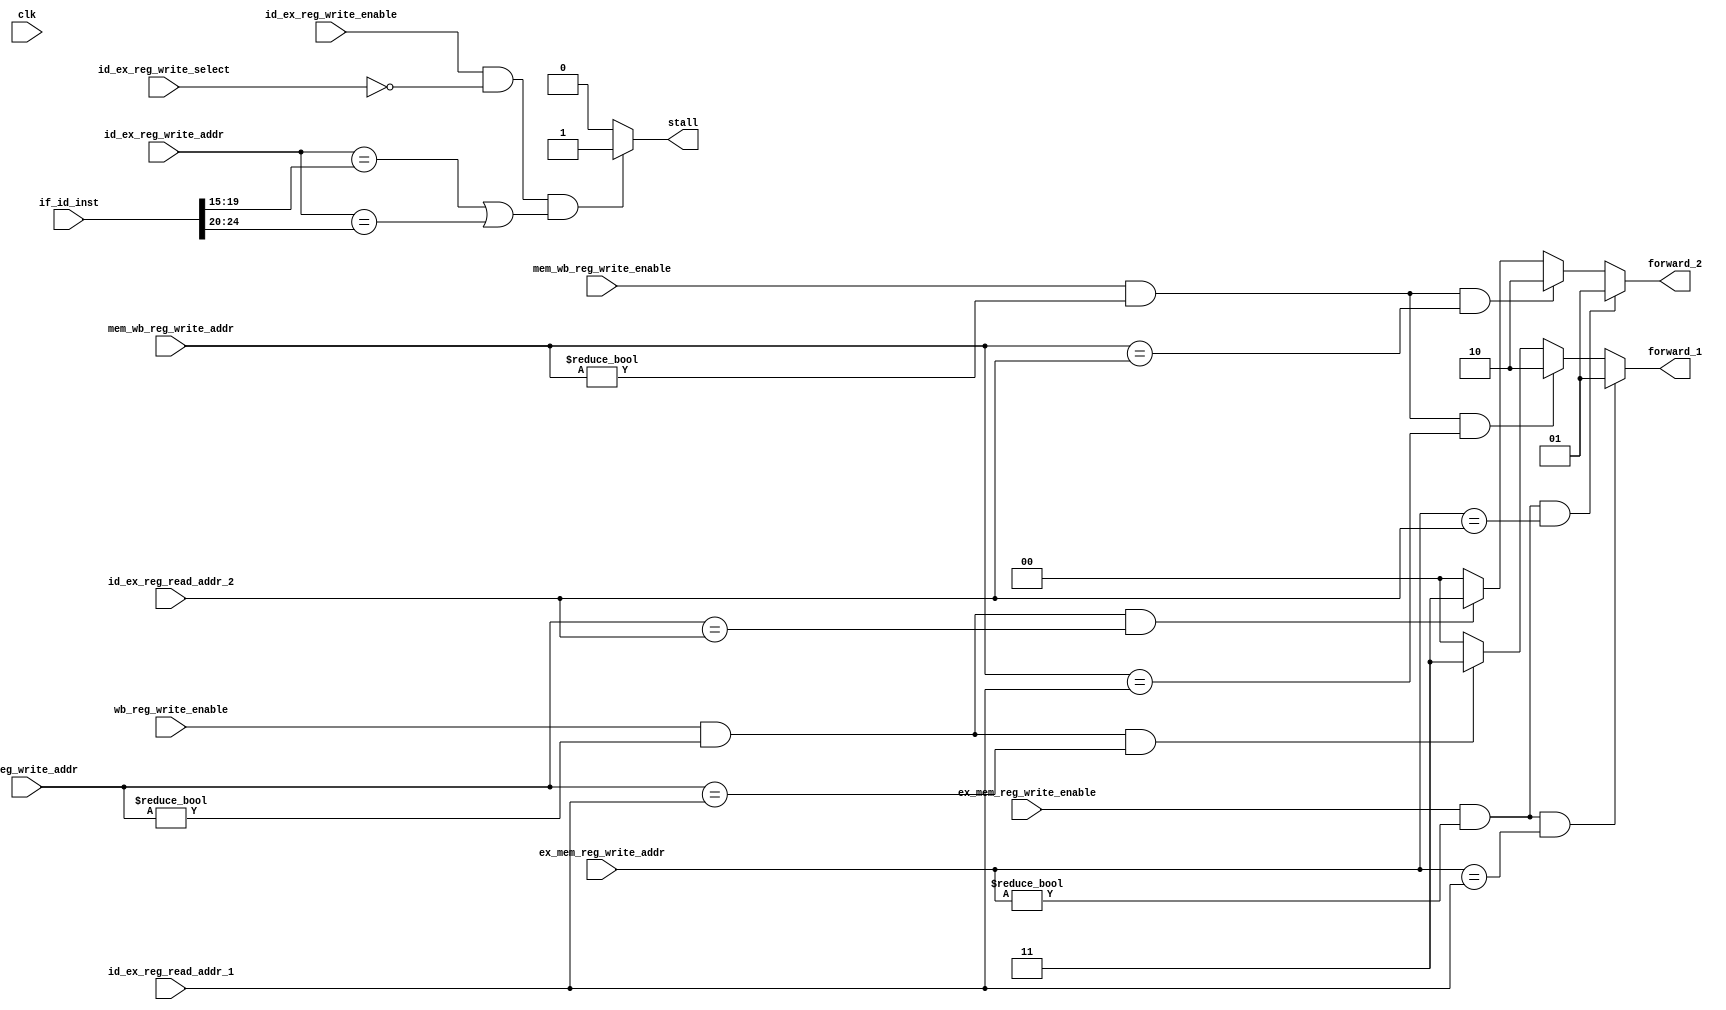
module DataHazardCtrl (
    input clk,
    input ex_mem_reg_write_enable,
    input [4:0] ex_mem_reg_write_addr,
    input mem_wb_reg_write_enable,
    input [4:0] mem_wb_reg_write_addr,
    input wb_reg_write_enable,
    input [4:0] wb_reg_write_addr,
    input [4:0] id_ex_reg_read_addr_1,
    input [4:0] id_ex_reg_read_addr_2,
    input id_ex_reg_write_enable,
    input id_ex_reg_write_select,
    input [4:0] id_ex_reg_write_addr,
    input [31:0] if_id_inst,
    output reg [1:0] forward_1,
    output reg [1:0] forward_2,
    output reg stall
);
    always @(*) begin
        // ALU input 1
        if (ex_mem_reg_write_enable
            && (ex_mem_reg_write_addr != 0)
            && (ex_mem_reg_write_addr == id_ex_reg_read_addr_1)) begin
            // EX hazard
            forward_1 = 2'b01;
        end else if (mem_wb_reg_write_enable
            && (mem_wb_reg_write_addr != 0)
            && (mem_wb_reg_write_addr == id_ex_reg_read_addr_1)) begin
            // MEM hazard
            forward_1 = 2'b10;
        end else if (wb_reg_write_enable
            && (wb_reg_write_addr != 0)
            && (wb_reg_write_addr == id_ex_reg_read_addr_1)) begin
            // WB hazard
            forward_1 = 2'b11;
        end else begin
            // No hazard
            forward_1 = 2'b00;
        end

        // ALU input 2
        if (ex_mem_reg_write_enable
            && (ex_mem_reg_write_addr != 0)
            && (ex_mem_reg_write_addr == id_ex_reg_read_addr_2)) begin
            // EX hazard
            forward_2 = 2'b01;
        end else if (mem_wb_reg_write_enable
            && (mem_wb_reg_write_addr != 0)
            && (mem_wb_reg_write_addr == id_ex_reg_read_addr_2)) begin
            // MEM hazard
            forward_2 = 2'b10;
        end else if (wb_reg_write_enable
            && (wb_reg_write_addr != 0)
            && (wb_reg_write_addr == id_ex_reg_read_addr_2)) begin
            // WB hazard
            forward_2 = 2'b11;
        end else begin
            // No hazard
            forward_2 = 2'b00;
        end

        // Stall the pipeline if there is an instruction that reads a
        // register following a load instruction that operates on the
        // same register.
        if ((id_ex_reg_write_enable && !id_ex_reg_write_select)
            && ((id_ex_reg_write_addr == if_id_inst[19:15])
            || (id_ex_reg_write_addr == if_id_inst[24:20]))) begin
            stall = 1;
        end else begin
            stall = 0;
        end
    end
endmodule